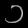
Digit: ၁